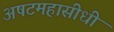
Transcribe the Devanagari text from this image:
अषटमहासीधी